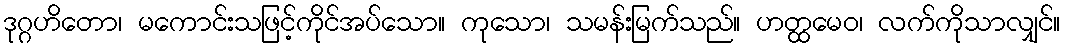
ဒုဂ္ဂဟိတော၊ မကောင်းသဖြင့်ကိုင်အပ်သော။ ကုသော၊ သမန်းမြက်သည်။ ဟတ္ထမေဝ၊ လက်ကိုသာလျှင်။